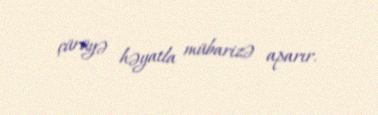
çürüyə həyatla mübarizə aparır.